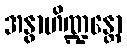
အနွာဟိဏ္ဍန္တော